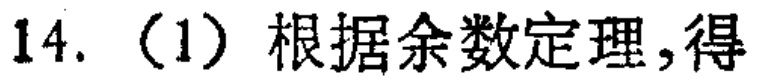
14.（1）根据余数定理，得